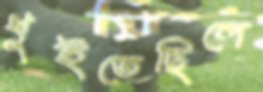
ধুইতেছিলে